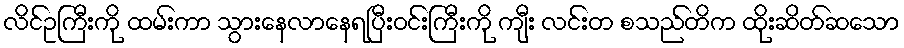
လိင်ဥကြီးကို ထမ်းကာ သွားနေလာနေရပြီးဝင်းကြီးကို ကျီး လင်းတ စသည်တိက ထိုးဆိတ်ဆသော